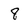
Character: 8